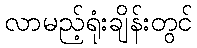
လာမည့်ရုံးချိန်းတွင်